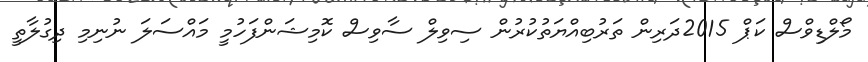
މޯލްޑިވްސް ކަޕް 2015ދަރިން ތަރުބިއްޔަތުކުރުން ސިވިލް ސާވިސް ކޮމިޝަންފަހުމީ މައްސަލަ ނުނިމި ދިގުލާތީ